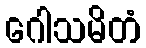
ဂေါသမိတံ